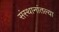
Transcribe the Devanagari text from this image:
संस्थानांतल्या